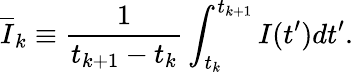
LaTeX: \overline{{I}}_{k}\equiv\frac{1}{t_{k+1}-t_{k}}\int_{t_{k}}^{t_{k+1}}I(t^{\prime})dt^{\prime}.